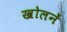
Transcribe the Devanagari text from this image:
खोलनें